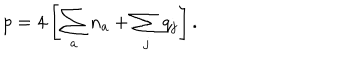
p = 4 \left[ \sum _ { a } n _ { a } + \sum _ { j } q _ { j } \right] .